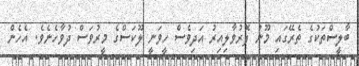
ބާލީސްތަކުގެ ތެރޭގައި މޫނު ފޮރުވާލިއިރު އަދިވެސް ހީވަނީ ލޫކަސްގެ މީރުވަސް ދުވާހެނެވެ. އެހެން